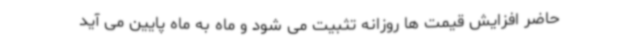
حاضر افزایش قیمت ها روزانه تثبیت می شود و ماه به ماه پایین می آید